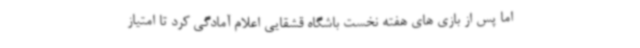
اما پس از بازی های هفته نخست باشگاه قشقایی اعلام آمادگی کرد تا امتیاز